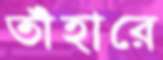
তাঁহারে